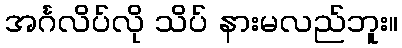
အင်္ဂလိပ်လို သိပ် နားမလည်ဘူး။